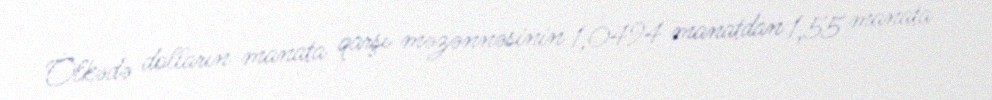
Ölkədə dolların manata qarşı məzənnəsinin 1,0494 manatdan 1,55 manata